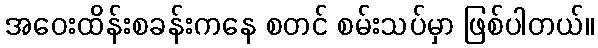
အဝေးထိန်းစခန်းကနေ စတင် စမ်းသပ်မှာ ဖြစ်ပါတယ်။